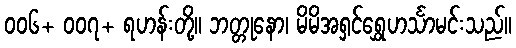
၀၀၆+ ၀၀၇+ ရဟန်းတို့။ ဘတ္တုနော၊ မိမိအရှင်ရွှေဟင်္သာမင်းသည်။